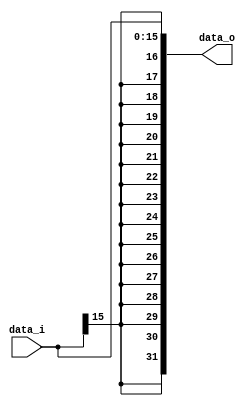
//Subject:     CO project 2 - Sign extend
//--------------------------------------------------------------------------------
//Version:     1
//--------------------------------------------------------------------------------
//Writer:      
//----------------------------------------------
//Date:        
//----------------------------------------------
//Description: 
//--------------------------------------------------------------------------------

module Sign_Extend(
    data_i,
    data_o
    );
               
//I/O ports
input   [16-1:0] data_i;
output  [32-1:0] data_o;
/*
//Internal Signals
reg     [32-1:0] data_o;

//Sign extended

always @(data_i) begin
  if(data_i[15]==0) 
	data_o<=(32'd0|data_i);
  else data_o<=(32'b11111111111111110000000000000000|data_i);	
end    
*/
assign data_o[15:0]=data_i[15:0];
assign data_o[16]=data_i[15];
assign data_o[17]=data_i[15];
assign data_o[18]=data_i[15];
assign data_o[19]=data_i[15];
assign data_o[20]=data_i[15];
assign data_o[21]=data_i[15];
assign data_o[22]=data_i[15];
assign data_o[23]=data_i[15];
assign data_o[24]=data_i[15];
assign data_o[25]=data_i[15];
assign data_o[26]=data_i[15];
assign data_o[27]=data_i[15];
assign data_o[28]=data_i[15];
assign data_o[29]=data_i[15];
assign data_o[30]=data_i[15];
assign data_o[31]=data_i[15];

	 
endmodule